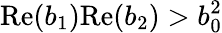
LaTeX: \mathrm{Re}(b_{1})\mathrm{Re}(b_{2})>b_{0}^{2}